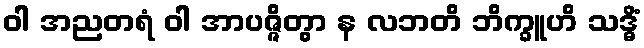
ဝါ အညတရံ ဝါ အာပဇ္ဇိတွာ န လဘတိ ဘိက္ခူဟိ သဒ္ဓိံ